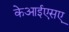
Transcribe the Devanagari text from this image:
केआईएसए